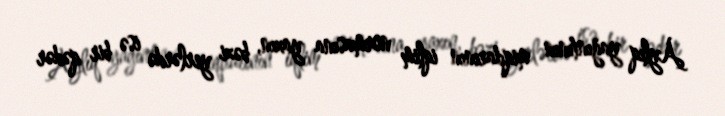
Aylıq yağıntının miqdarının iqlim normasına yaxın, bəzi yerlərdə isə bir qədər